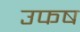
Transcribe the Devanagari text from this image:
उफष